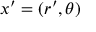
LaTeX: x ^ { \prime } = ( r ^ { \prime } , \theta )